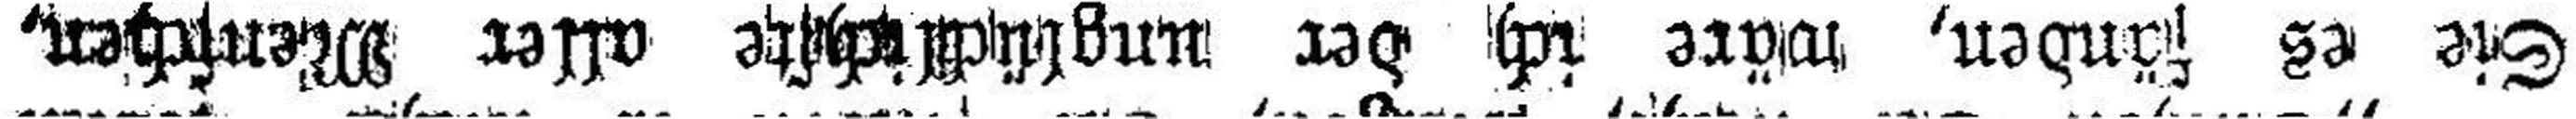
Sie es fänden, wäre ich der unglüchlichste aller Menschen,